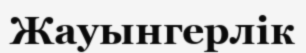
Жауынгерлік